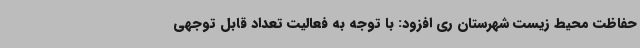
حفاظت محیط زیست شهرستان ری افزود: با توجه به فعالیت تعداد قابل توجهی